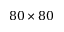
8 0 \times 8 0